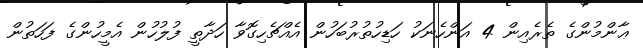
ޢާންމުންގެ ތެރެއިން 4 އަންހެނަކު ހަޑިހުތުރުބަހުން އެއްޗެހިގޮވާ ހަދާތީ ފުލުހުން އެމީހުންގެ ފަހަތުން